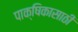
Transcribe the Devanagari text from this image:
पाक्षिकासाठी